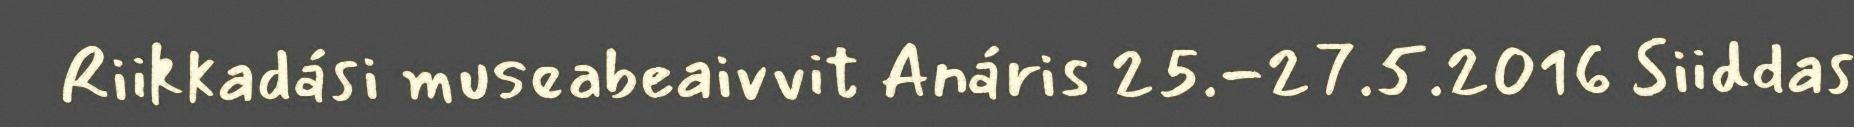
Riikkadási museabeaivvit Anáris 25.-27.5.2016 Siiddas